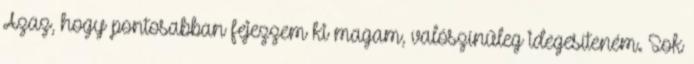
Azaz, hogy pontosabban fejezzem ki magam, valószínűleg idegesíteném. Sok